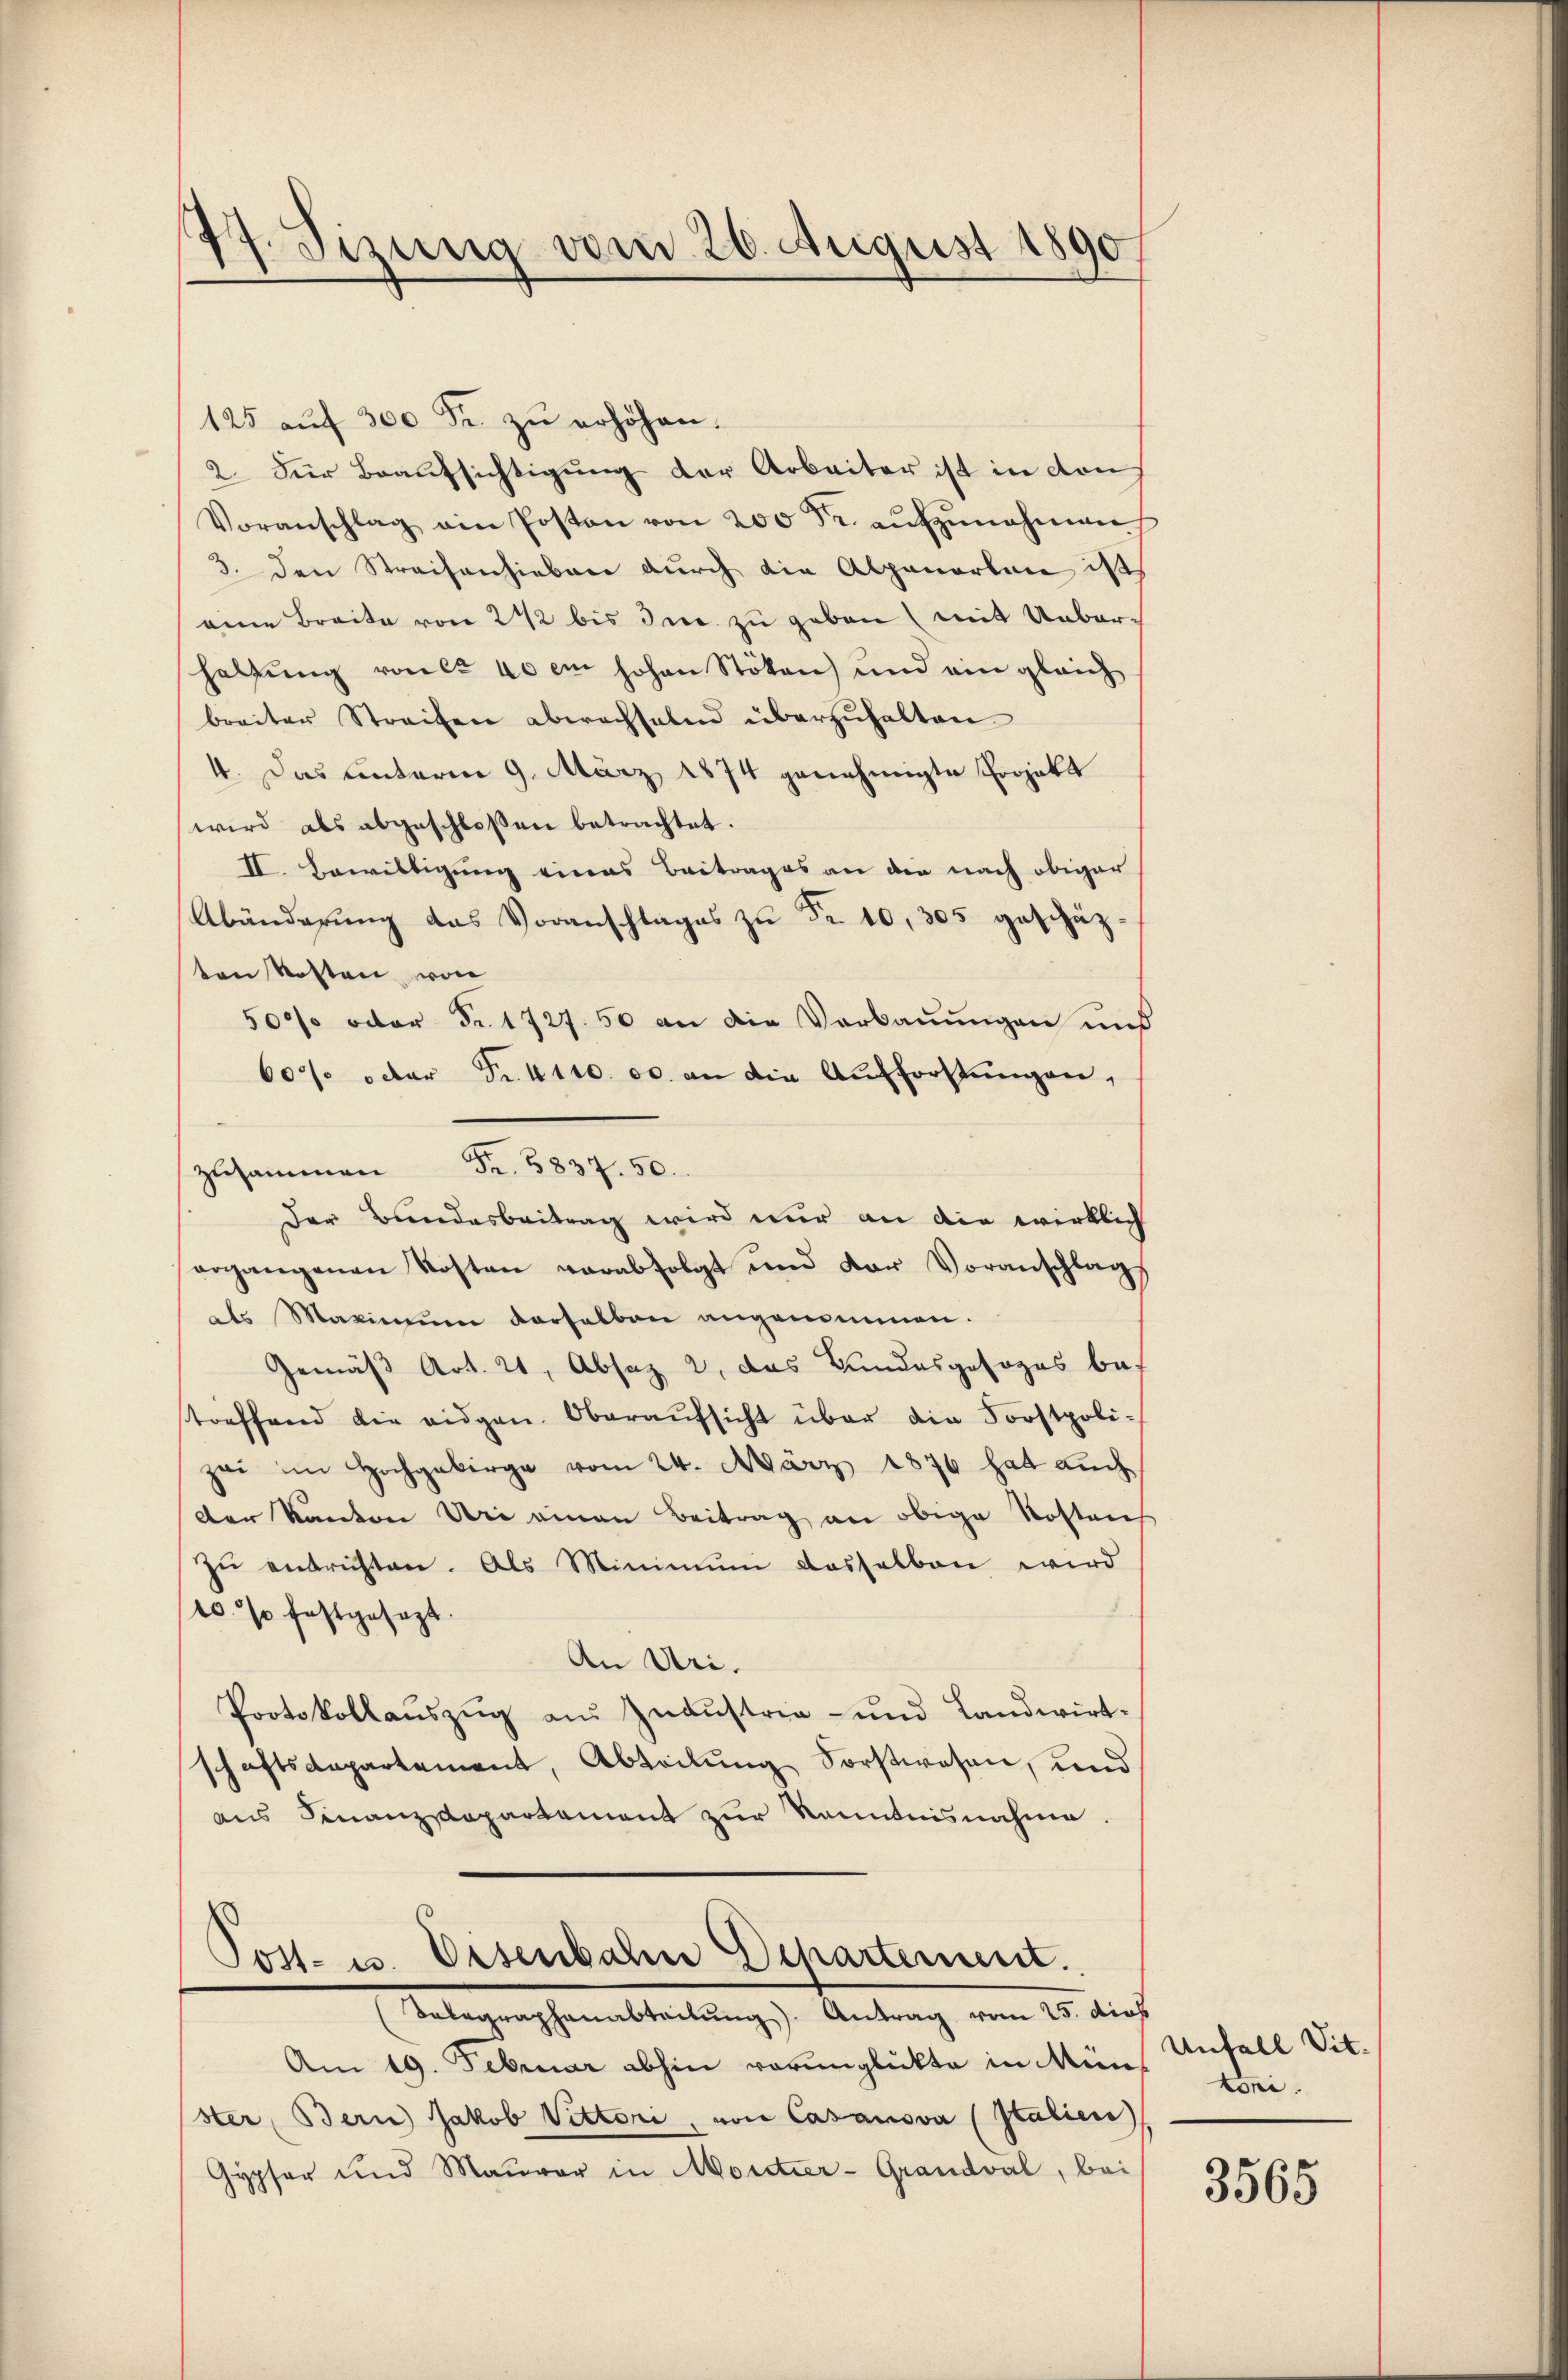
77. Sizung vom 26. August 1890

125 aŭf 300 Fr. zŭ erhöhen.
2. Zur Beaufsichtigung der Arbeiter ist in dan
Voranschlag ain Posten von 200 Fr. aŭfzŭnehmen
3. den Streisanhieben durch die Alpenorten ist,
eine Breite von 2 1/2 bis die zu geben (mit Ueberhaltung von ca 40 cm hohen Stöten) und ein gleich
breiter Streifen abwechselnd überzŭhalten.
4. Das unterm 9. März 1874 genehmigte Projekt
wird als abgeschloßen betrachtet.
II. Bewilligung eines Beitrages an die nach obiger
Abänderung das Voranschlages zu Fr. 10,305 geschäzten Kosten von
500 oder Fr. 1727. 50 an die Verbaŭŭngen und
60 oder Fr. 4110. 00. an die Aufforstungen,
Der Bundesbeitrag wird nur an die wirklich
ergangenen Kosten verabfolgt und der Voranschlag
als Maximum derselben angenommen.
Gemäß Art. 21, Absaz 2, das Bundesgesages bef
treffend die eidgen. Oberaŭfsicht über die Forstpoli-
zei im Hochgebirge vom 24. März 1876 hat auch
der Kanton Uri einen Beitrag an obige Kostens
zŭ entrichten. Als Minimum dasselben wird
10. so festgesagt.
An Uri.
Protokollauszug aus Zudustria- und Landwirtschaftsdepartement, Abteilung Sorstwesen, und
aus Finanzdepartament zur Kenntnisnahme
Tost- u Eisenbahn Departement.

zusammen Fr. 5837. 50.

Telegraphenabteilung). Antrag vom 25. dies

Am 19. Februar abhin verunglückte in Müns seister, Bern Jakob Vittori, von Casanova (Italien)
Gypfer und Maŭrer in Moretier-Grandval, bei

Unfall Vit.

3565